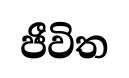
ජීවිත